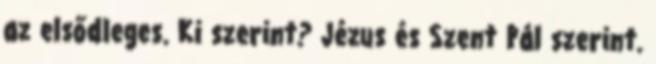
az elsődleges. Ki szerint? Jézus és Szent Pál szerint.